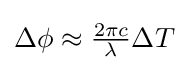
{\textstyle \Delta \phi \approx {\frac {2\pi c}{\lambda }}\Delta T}